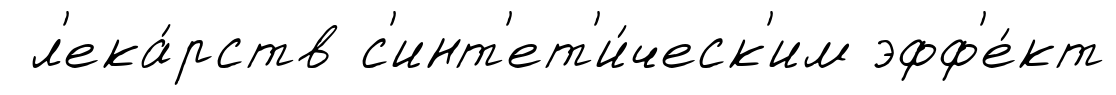
л'ека́рств с'инт'ет'и́ческ'им эфф'е́кт